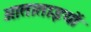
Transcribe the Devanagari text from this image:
आताताइयों